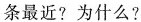
条最近?为什么?